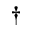
\dag